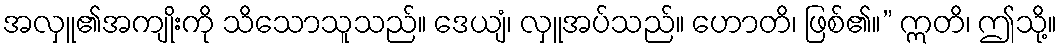
အလှူ၏အကျိုးကို သိသောသူသည်။ ဒေယျံ၊ လှူအပ်သည်။ ဟောတိ၊ ဖြစ်၏။” ဣတိ၊ ဤသို့။